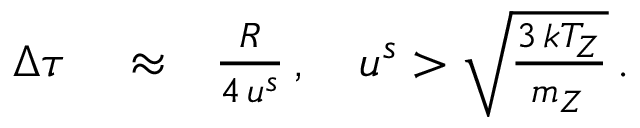
\begin{array} { r l r } { \Delta \tau } & { { } \approx } & { \frac { R } { 4 \, u ^ { s } } \, , \quad u ^ { s } > \sqrt { \frac { 3 \, k T _ { Z } } { m _ { Z } } } \, . } \end{array}